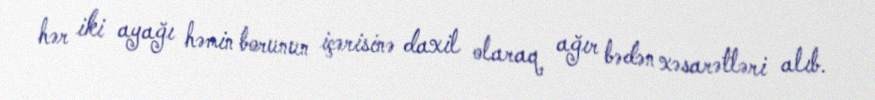
hər iki ayağı həmin borunun içərisinə daxil olaraq ağır bədən xəsarətləri alıb.